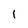
Character: 1